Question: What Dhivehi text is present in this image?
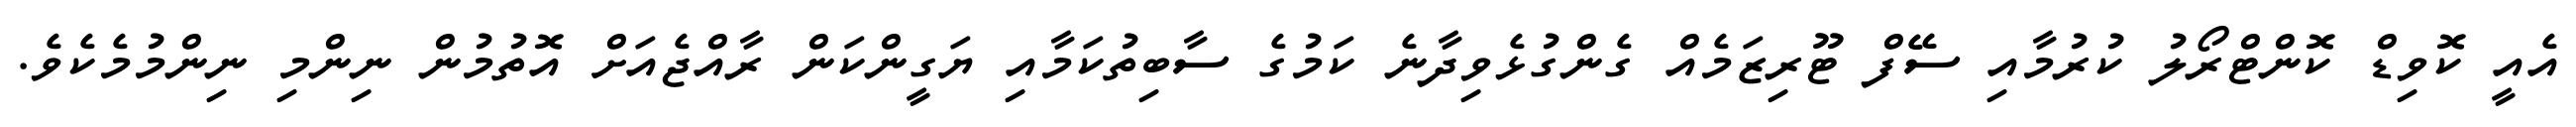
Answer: އެއީ ކޮވިޑް ކޮންޓްރޯލު ކުރުމާއި ސޭފް ޓޫރިޒަމެއް ގެންގުޅެވިދާނެ ކަމުގެ ސާބިތުކަމާއި ޔަގީންކަން ރާއްޖެއަށް އޮތުމުން ނިންމި ނިންމުމެކެވެ.